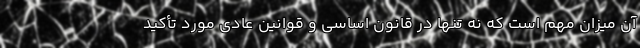
آن میزان مهم است که نه تنها در قانون اساسی و قوانین عادی مورد تأکید